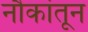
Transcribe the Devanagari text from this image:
नौकांतून